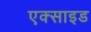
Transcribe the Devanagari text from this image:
एक्साइड